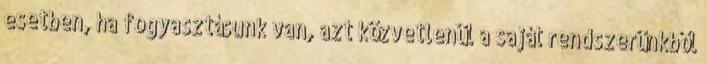
esetben, ha fogyasztásunk van, azt közvetlenül a saját rendszerünkből